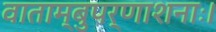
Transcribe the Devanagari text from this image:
वाताम्बुपर्णाशनाः।